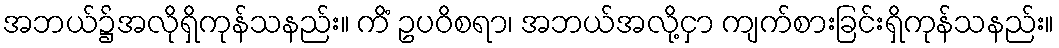
အဘယ်၌အလိုရှိကုန်သနည်း။ ကိံ ဥပဝိစရာ၊ အဘယ်အလို့ငှာ ကျက်စားခြင်းရှိကုန်သနည်း။